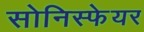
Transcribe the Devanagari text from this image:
सोनिस्फेयर